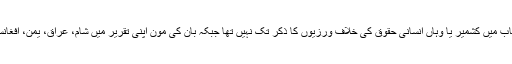
اقوام متحدہ کے سیکریٹری جنرل بان کی مون کے افتتاحی خطاب میں کشمیر یا وہاں انسانی حقوق کی خلاف ورزیوں کا ذکر تک نہیں تھا جبکہ بان کی مون اپنی تقریر میں شام، عراق، یمن، افغانستان اور فلسطین کے تنازعات وغیرہ کا ذکر کرنا نہیں بھولے۔